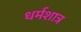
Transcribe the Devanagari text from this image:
धर्मशात्र